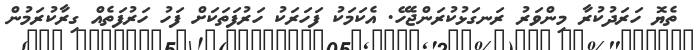
ތެޔޮ ހަރަދުކުރާ މިންވަރު ރަނގަޅުކުރަންޖެހޭ. އެކަމަކު ފަހަރަކު ހަރުފަތަކަށް ފަހު ހަރުފަތެއް ގިރާކުރަމުން